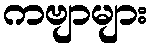
ကဗျာများ